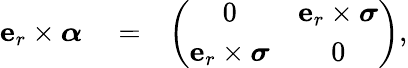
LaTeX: \begin{array}{rlr}{\mathbf{e}_{r}\times\boldsymbol\alpha}&{{}=}&{\left(\begin{array}{cc}{0}&{\mathbf{e}_{r}\times\boldsymbol\sigma}\\ {\mathbf{e}_{r}\times\boldsymbol\sigma}&{0}\end{array}\right),}\end{array}